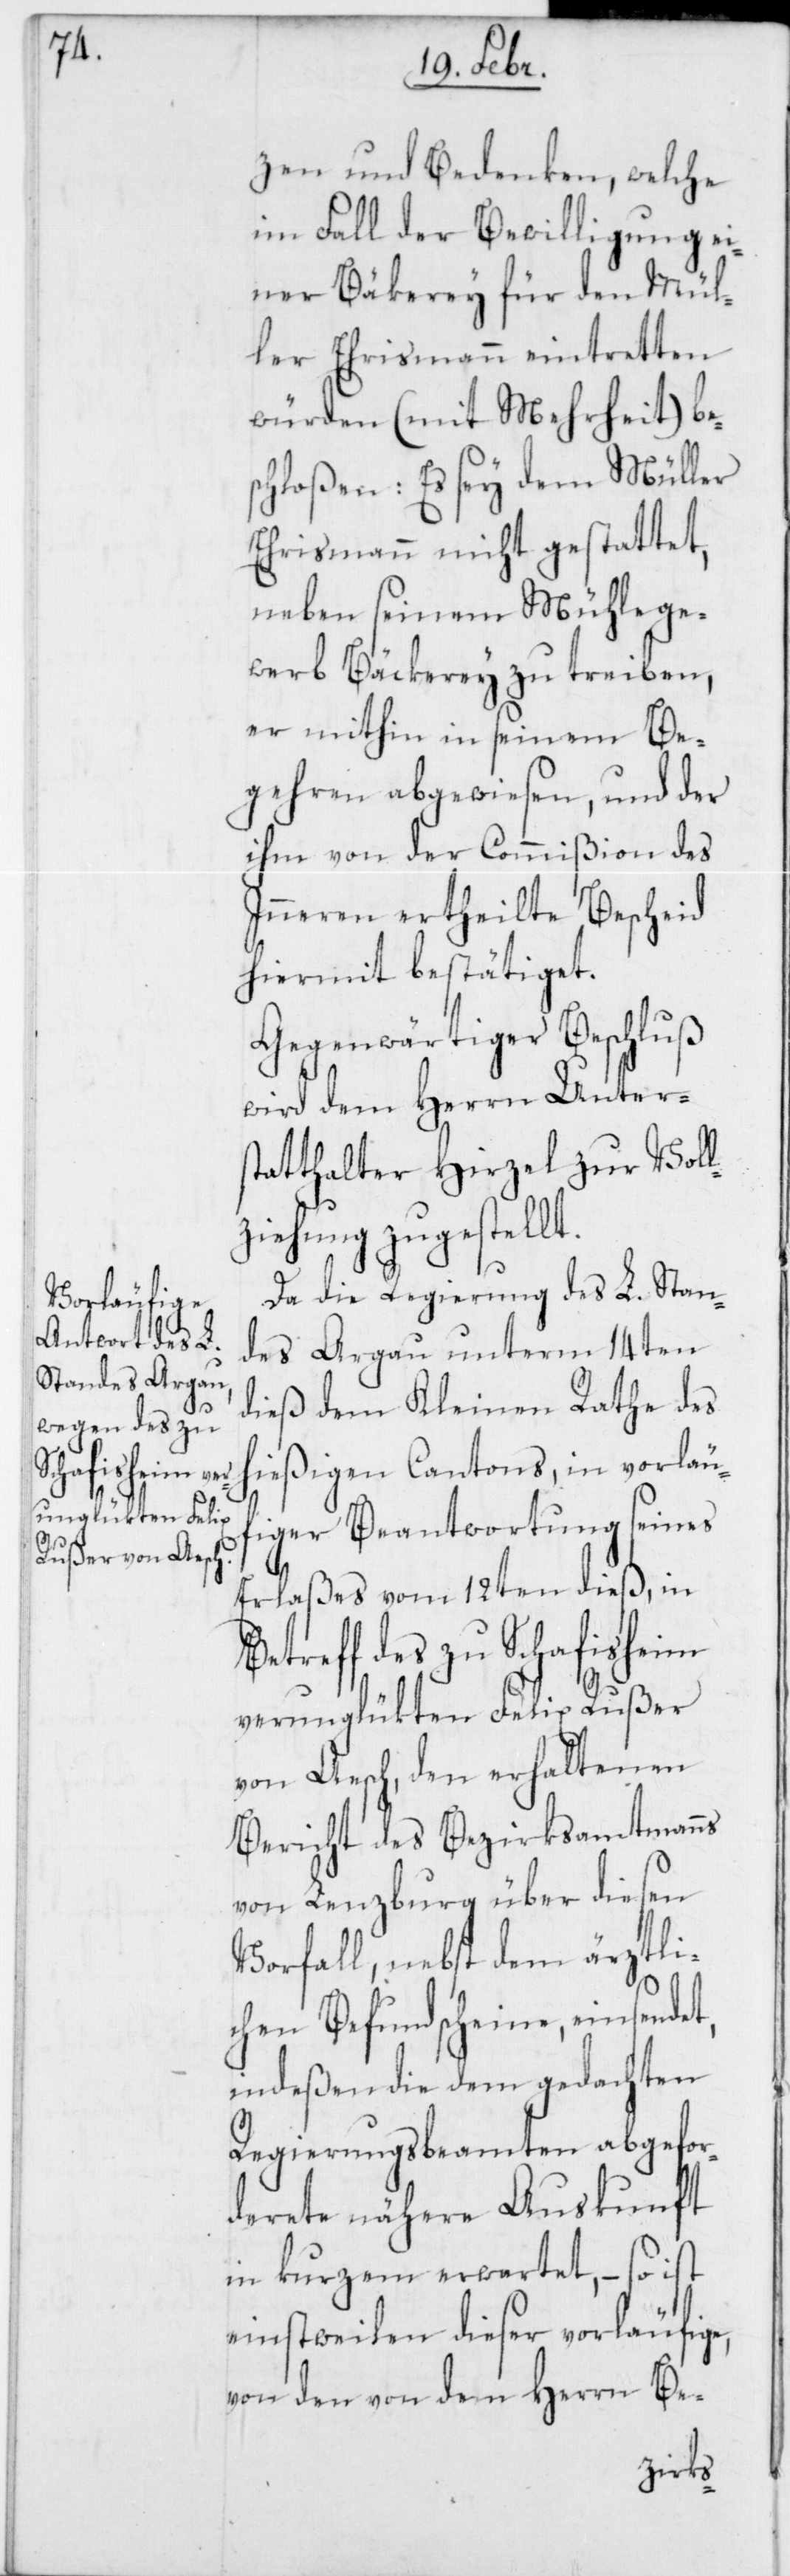
zen und Bedenken, welche
im Fall der Bewilligung ei¬
ner Bäkerey für den Mül¬
ler Ehrismann eintretten
würden (mit Mehrheit) be¬
schloßen: Es sey dem Müller
Ehrismann nicht gestattet,
neben seinem Mühlerge¬
werb Bäckerey zu treiben,
er mithin in seinem Be¬
gehren abgewiesen und der
ihm von der Commißion des
Inneren ertheilte Bescheid
hiermit bestätiget.
Gegenwärtiger Beschluß
wird dem Herrn Unters¬
tatthalter Hirzel zur Voll¬
ziehung zugestellt.
Da die Regierung des L. Stan¬
des Aargau unterm 14ten
dieß dem Kleinen Rathe des
hießigen Cantons, in vorläu¬
figer Beantwortung seines
Erlaßes vom 12ten dieß, in B¬
etreff des zu Schafisheim
verunglükten Felix Rußer
von Aesch, den erhaltenen
Bericht des Bezirksamtmanns
von Lenzburg über diesen
Vorfall, nebst dem ärztli¬
chen Befundscheine, einsendet,
indeßen die dem gedachten
Regierungsbeamten abgefor¬
derete nähere Auskunft
in kurzem erwartet, – so ist
einstweilen dieser vorläufige,
von den von dem Herrn Be-